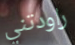
راودتني